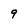
Character: 9